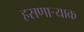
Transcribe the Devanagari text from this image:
हसणार्‍याक